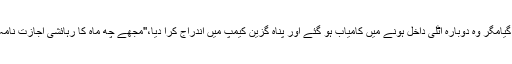
اس موقع پر پولیس نے ان کے فنگر پرنٹ چیک کیے تو انہیں واپس جرمنی جانے کا کہا گیامگر وہ دوبارہ اٹلی داخل ہونے میں کامیاب ہو گئے اور پناہ گزین کیمپ میں اندراج کرا دیا،''مجھے چھ ماہ کا رہائشی اجازت نامہ دیا گیا، جس کی تجدید ہوتی رہی تاہم 2018 ءمیں میرا سیاسی پناہ کا کیس مسترد ہوگیا۔